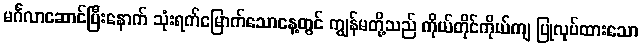
မင်္ဂလာဆောင်ပြီးနောက် သုံးရက်မြောက်သောနေ့တွင် ကျွန်မတို့သည် ကိုယ်တိုင်ကိုယ်ကျ ပြုလုပ်ထားသော